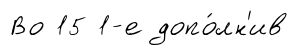
Во 15 1-е допо́лн'ив